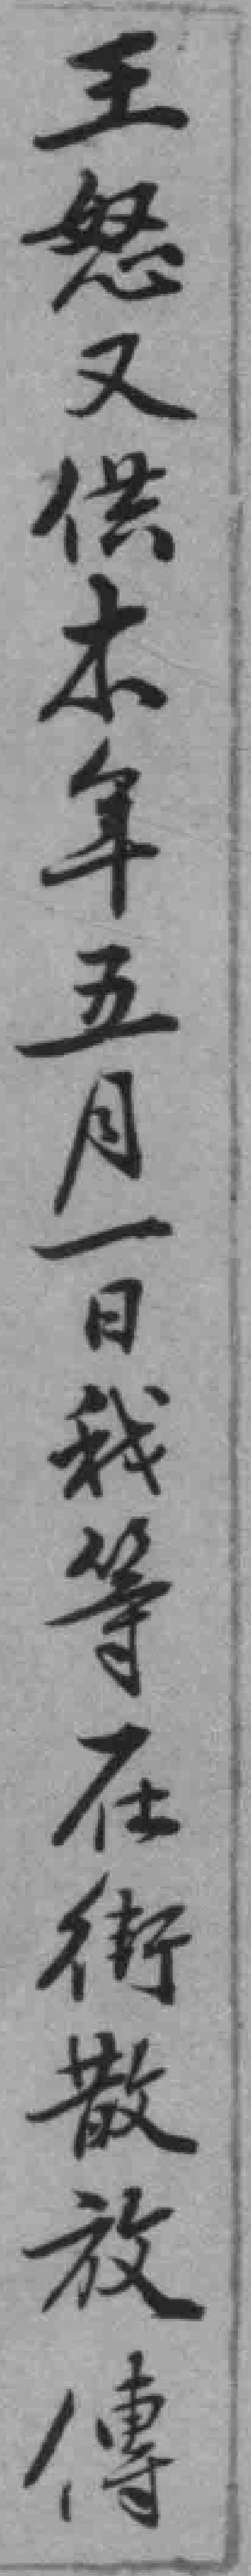
王怒又供本年五月一日我等在街散放傳